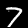
Digit: 7